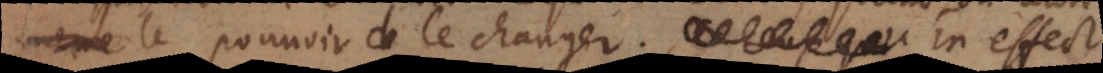
meme le pouvoir de le changer. En effec